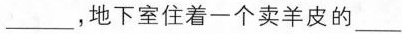
___，地下室住着一个卖羊皮的___